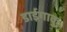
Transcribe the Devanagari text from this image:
डाईगाकु